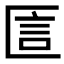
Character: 𠥇